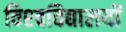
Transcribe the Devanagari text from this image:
विश्‍वविद्यालयों